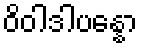
ဝိဝါဒါပန္နော